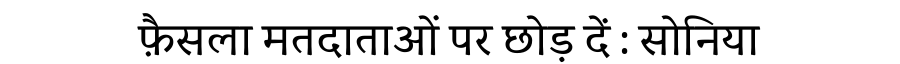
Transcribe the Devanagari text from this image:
फ़ैसला मतदाताओं पर छोड़ दें : सोनिया